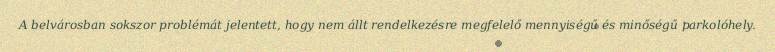
A belvárosban sokszor problémát jelentett, hogy nem állt rendelkezésre megfelelő mennyiségű és minőségű parkolóhely.